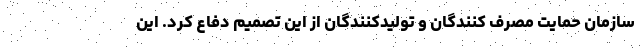
سازمان حمایت مصرف کنندگان و تولیدکنندگان از این تصمیم دفاع کرد. این